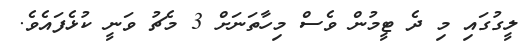
ލީގުގައި މި ދެ ޓީމުން ވެސް މިހާތަނަށް 3 މެޗު ވަނީ ކުޅެފައެވެ.